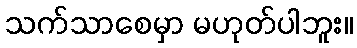
သက်သာစေမှာ မဟုတ်ပါဘူး။